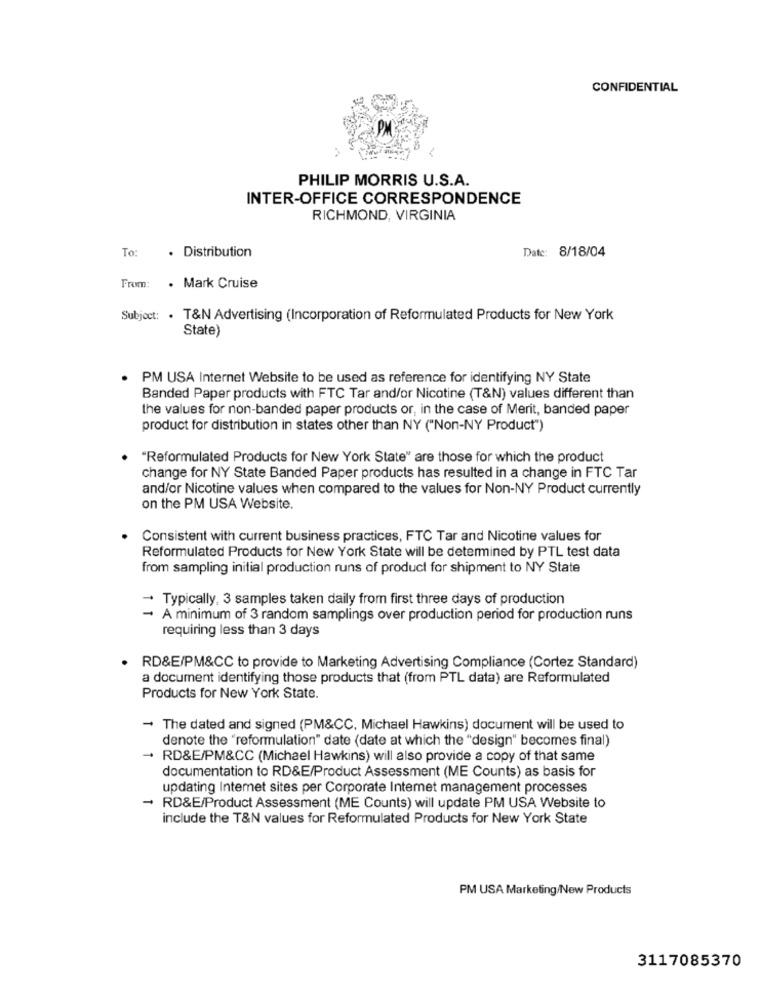
CONFIDENTIAL
PM
PHILIP MORRIS U.S.A.
INTER-OFFICE CORRESPONDENCE
RICHMOND, VIRGINIA
. Distribution
Date: 8/18/04
To:
From:
. Mark Cruise
Subject: . T&N Advertising (Incorporation of Reformulated Products for New York
State)
. PM USA Internet Website to be used as reference for identifying NY State
Banded Paper products with FTC Tar and/or Nicotine (T&N) values different than
the values for non-banded paper products or, in the case of Merit, banded paper
product for distribution in states other than NY ("Non-NY Product")
"Reformulated Products for New York State" are those for which the product
change for NY State Banded Paper products has resulted in a change in FTC Tar
and/or Nicotine values when compared to the values for Non-NY Product currently
on the PM USA Website.
Consistent with current business practices, FTC Tar and Nicotine values for
Reformulated Products for New York State will be determined by PTL test data
from sampling initial production runs of product for shipment to NY State
- Typically, 3 samples taken daily from first three days of production
- A minimum of 3 random samplings over production period for production runs
requiring less than 3 days
RD&E/PM&CC to provide to Marketing Advertising Compliance (Cortez Standard)
a document identifying those products that (from PTL data) are Reformulated
Products for New York State.
- The dated and signed (PM&CC, Michael Hawkins) document will be used to
denote the "reformulation" date (date at which the "design" becomes final)
- RD&E/PM&CC (Michael Hawkins) will also provide a copy of that same
documentation to RD&E/Product Assessment (ME Counts) as basis for
updating Intemet sites per Corporate Intemet management processes
- RD&E/Product Assessment (ME Counts) will update PM USA Website to
include the T&N values for Reformulated Products for New York State
PM USA Marketing/New Products
3117085370